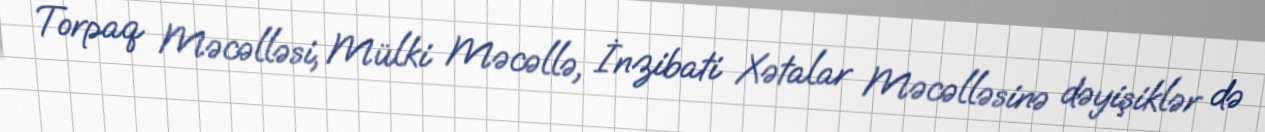
Torpaq Məcəlləsi, Mülki Məcəllə, İnzibati Xətalar Məcəlləsinə dəyişiklər də